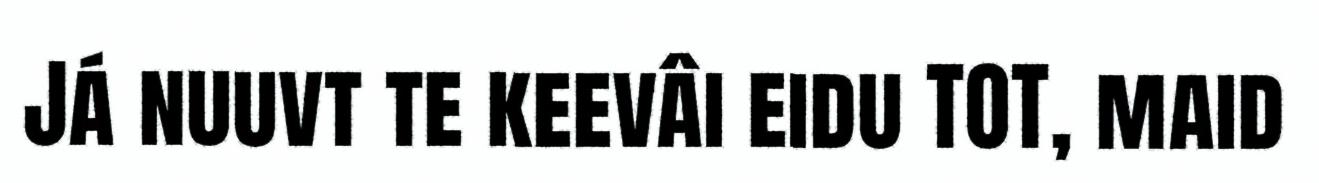
Já nuuvt te keevâi eidu TOT, maid